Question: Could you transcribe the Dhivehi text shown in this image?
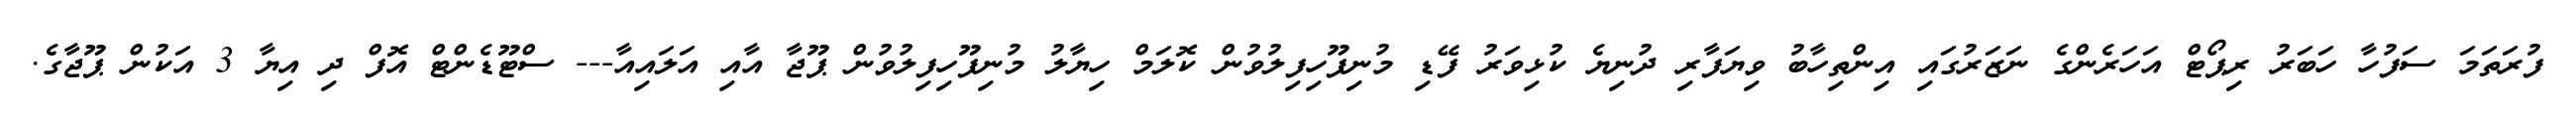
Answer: ފުރަތަމަ ސަފުހާ ހަބަރު ރިޕޯޓް އަހަރެންގެ ނަޒަރުގައި އިންތިހާބު ވިޔަފާރި ދުނިޔެ ކުޅިވަރު ފޭޑި މުނިފޫހިފިލުވުން ކޮލަމް ހިޔާލު މުނިފޫހިފިލުވުން ޕޫޖާ އާއި އަލައިއާ--- ސްޓޫޑެންޓް އޮފް ދި އިޔާ 3 އަކުން ޕޫޖާގެ.